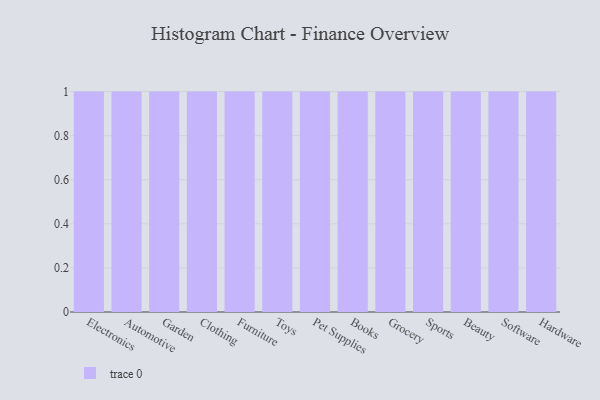
{"axis": {"x": "Category", "y": "Conversion Rate (%)"}, "legend": [""], "data": [{"x": "Electronics", "y": 35, "type": ""}, {"x": "Automotive", "y": 33, "type": ""}, {"x": "Garden", "y": 51, "type": ""}, {"x": "Clothing", "y": 65, "type": ""}, {"x": "Furniture", "y": 74, "type": ""}, {"x": "Toys", "y": 53, "type": ""}, {"x": "Pet Supplies", "y": 19, "type": ""}, {"x": "Books", "y": 46, "type": ""}, {"x": "Grocery", "y": 79, "type": ""}, {"x": "Sports", "y": 23, "type": ""}, {"x": "Beauty", "y": 50, "type": ""}, {"x": "Software", "y": 97, "type": ""}, {"x": "Hardware", "y": 53, "type": ""}]}